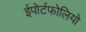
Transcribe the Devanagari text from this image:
ईपोर्टफोलियो